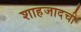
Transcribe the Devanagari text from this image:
शाहजादची